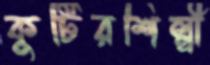
কুটিরশিল্পী